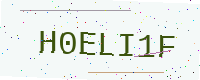
Text: H0ELI1F